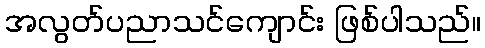
အလွတ်ပညာသင်ကျောင်း ဖြစ်ပါသည်။